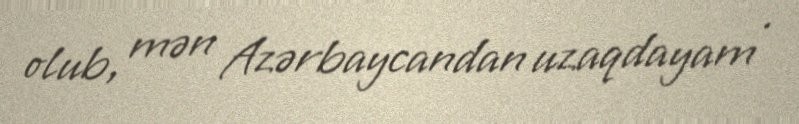
olub, mən Azərbaycandan uzaqdayam .